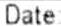
DATE